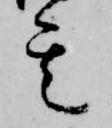
其